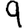
Digit: 9